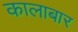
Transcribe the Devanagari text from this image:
कालाबार